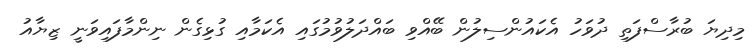
މިދިޔަ ބުރާސްފަތި ދުވަހު އެކައުންސިލުން ބޭއްވި ބައްދަލުވުމުގައި އެކަމާއި ގުޅިގެން ނިންމާފައިވަނީ ޒިޔާއު